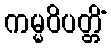
ကမ္မဝိပတ္တိံ